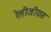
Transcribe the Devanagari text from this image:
रेलीजीयस